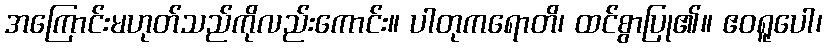
အကြောင်းမဟုတ်သည်ကိုလည်းကောင်း။ ပါတုကရောတိ၊ ထင်စွာပြု၏။ ဧဝရူပေါ၊